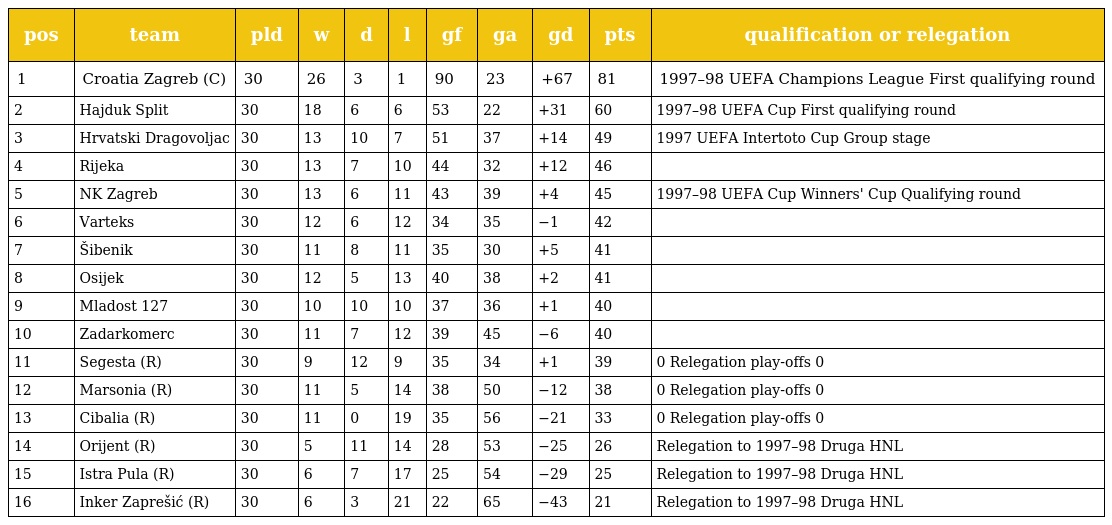
| pos | team | pld | w | d | l | gf | ga | gd | pts | qualification or relegation |
 | --- | --- | --- | --- | --- | --- | --- | --- | --- | --- | --- |
 | 1 | Croatia Zagreb (C) | 30 | 26 | 3 | 1 | 90 | 23 | +67 | 81 | 1997–98 UEFA Champions League First qualifying round |
 | 2 | Hajduk Split | 30 | 18 | 6 | 6 | 53 | 22 | +31 | 60 | 1997–98 UEFA Cup First qualifying round |
 | 3 | Hrvatski Dragovoljac | 30 | 13 | 10 | 7 | 51 | 37 | +14 | 49 | 1997 UEFA Intertoto Cup Group stage |
 | 4 | Rijeka | 30 | 13 | 7 | 10 | 44 | 32 | +12 | 46 |  |
 | 5 | NK Zagreb | 30 | 13 | 6 | 11 | 43 | 39 | +4 | 45 | 1997–98 UEFA Cup Winners' Cup Qualifying round |
 | 6 | Varteks | 30 | 12 | 6 | 12 | 34 | 35 | −1 | 42 |  |
 | 7 | Šibenik | 30 | 11 | 8 | 11 | 35 | 30 | +5 | 41 |  |
 | 8 | Osijek | 30 | 12 | 5 | 13 | 40 | 38 | +2 | 41 |  |
 | 9 | Mladost 127 | 30 | 10 | 10 | 10 | 37 | 36 | +1 | 40 |  |
 | 10 | Zadarkomerc | 30 | 11 | 7 | 12 | 39 | 45 | −6 | 40 |  |
 | 11 | Segesta (R) | 30 | 9 | 12 | 9 | 35 | 34 | +1 | 39 | 0 Relegation play-offs 0 |
 | 12 | Marsonia (R) | 30 | 11 | 5 | 14 | 38 | 50 | −12 | 38 | 0 Relegation play-offs 0 |
 | 13 | Cibalia (R) | 30 | 11 | 0 | 19 | 35 | 56 | −21 | 33 | 0 Relegation play-offs 0 |
 | 14 | Orijent (R) | 30 | 5 | 11 | 14 | 28 | 53 | −25 | 26 | Relegation to 1997–98 Druga HNL |
 | 15 | Istra Pula (R) | 30 | 6 | 7 | 17 | 25 | 54 | −29 | 25 | Relegation to 1997–98 Druga HNL |
 | 16 | Inker Zaprešić (R) | 30 | 6 | 3 | 21 | 22 | 65 | −43 | 21 | Relegation to 1997–98 Druga HNL |